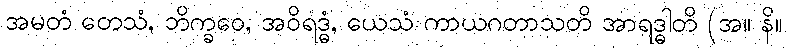
အမတံ တေသံ, ဘိက္ခဝေ, အဝိရဒ္ဓံ, ယေသံ ကာယဂတာသတိ အာရဒ္ဓါတိ (အ။ နိ။